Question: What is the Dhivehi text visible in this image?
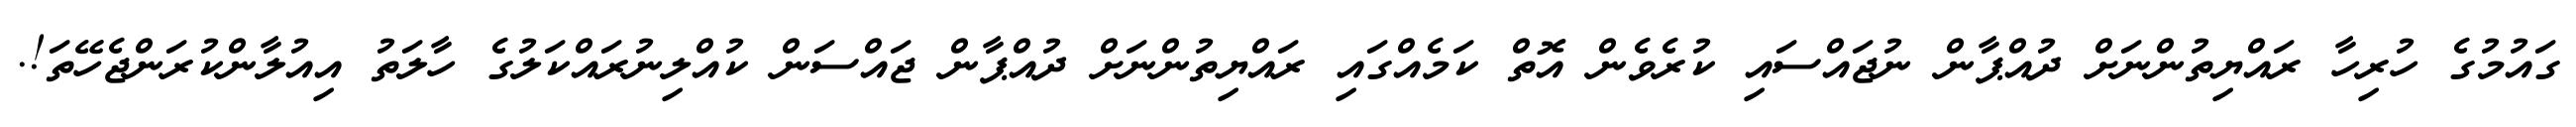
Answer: ގައުމުގެ ހުރިހާ ރައްޔިތުންނަށް ދުއްޕާން ނުޖައްސައި ކުރެވެން އޮތް ކަމެއްގައި ރައްޔިތުންނަށް ދުއްޕާން ޖައްސަން ކުއްލިނުރައްކަލުގެ ހާލަތު އިއުލާންކުރަންޖެހޭތަ!.